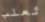
ثعلب